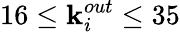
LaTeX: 16\leq\mathbf{k}_{i}^{out}\leq35